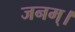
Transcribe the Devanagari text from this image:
जनम्।